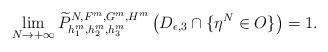
LaTeX: \begin{align*}\lim_{N\rightarrow+\infty}\widetilde{P}_{h_1^m, h_2^m, h_3^m}^{N, F^m, G^m, H^m}\left(D_{\epsilon, 3}\cap\{\eta^N\in O\}\right)=1.\end{align*}